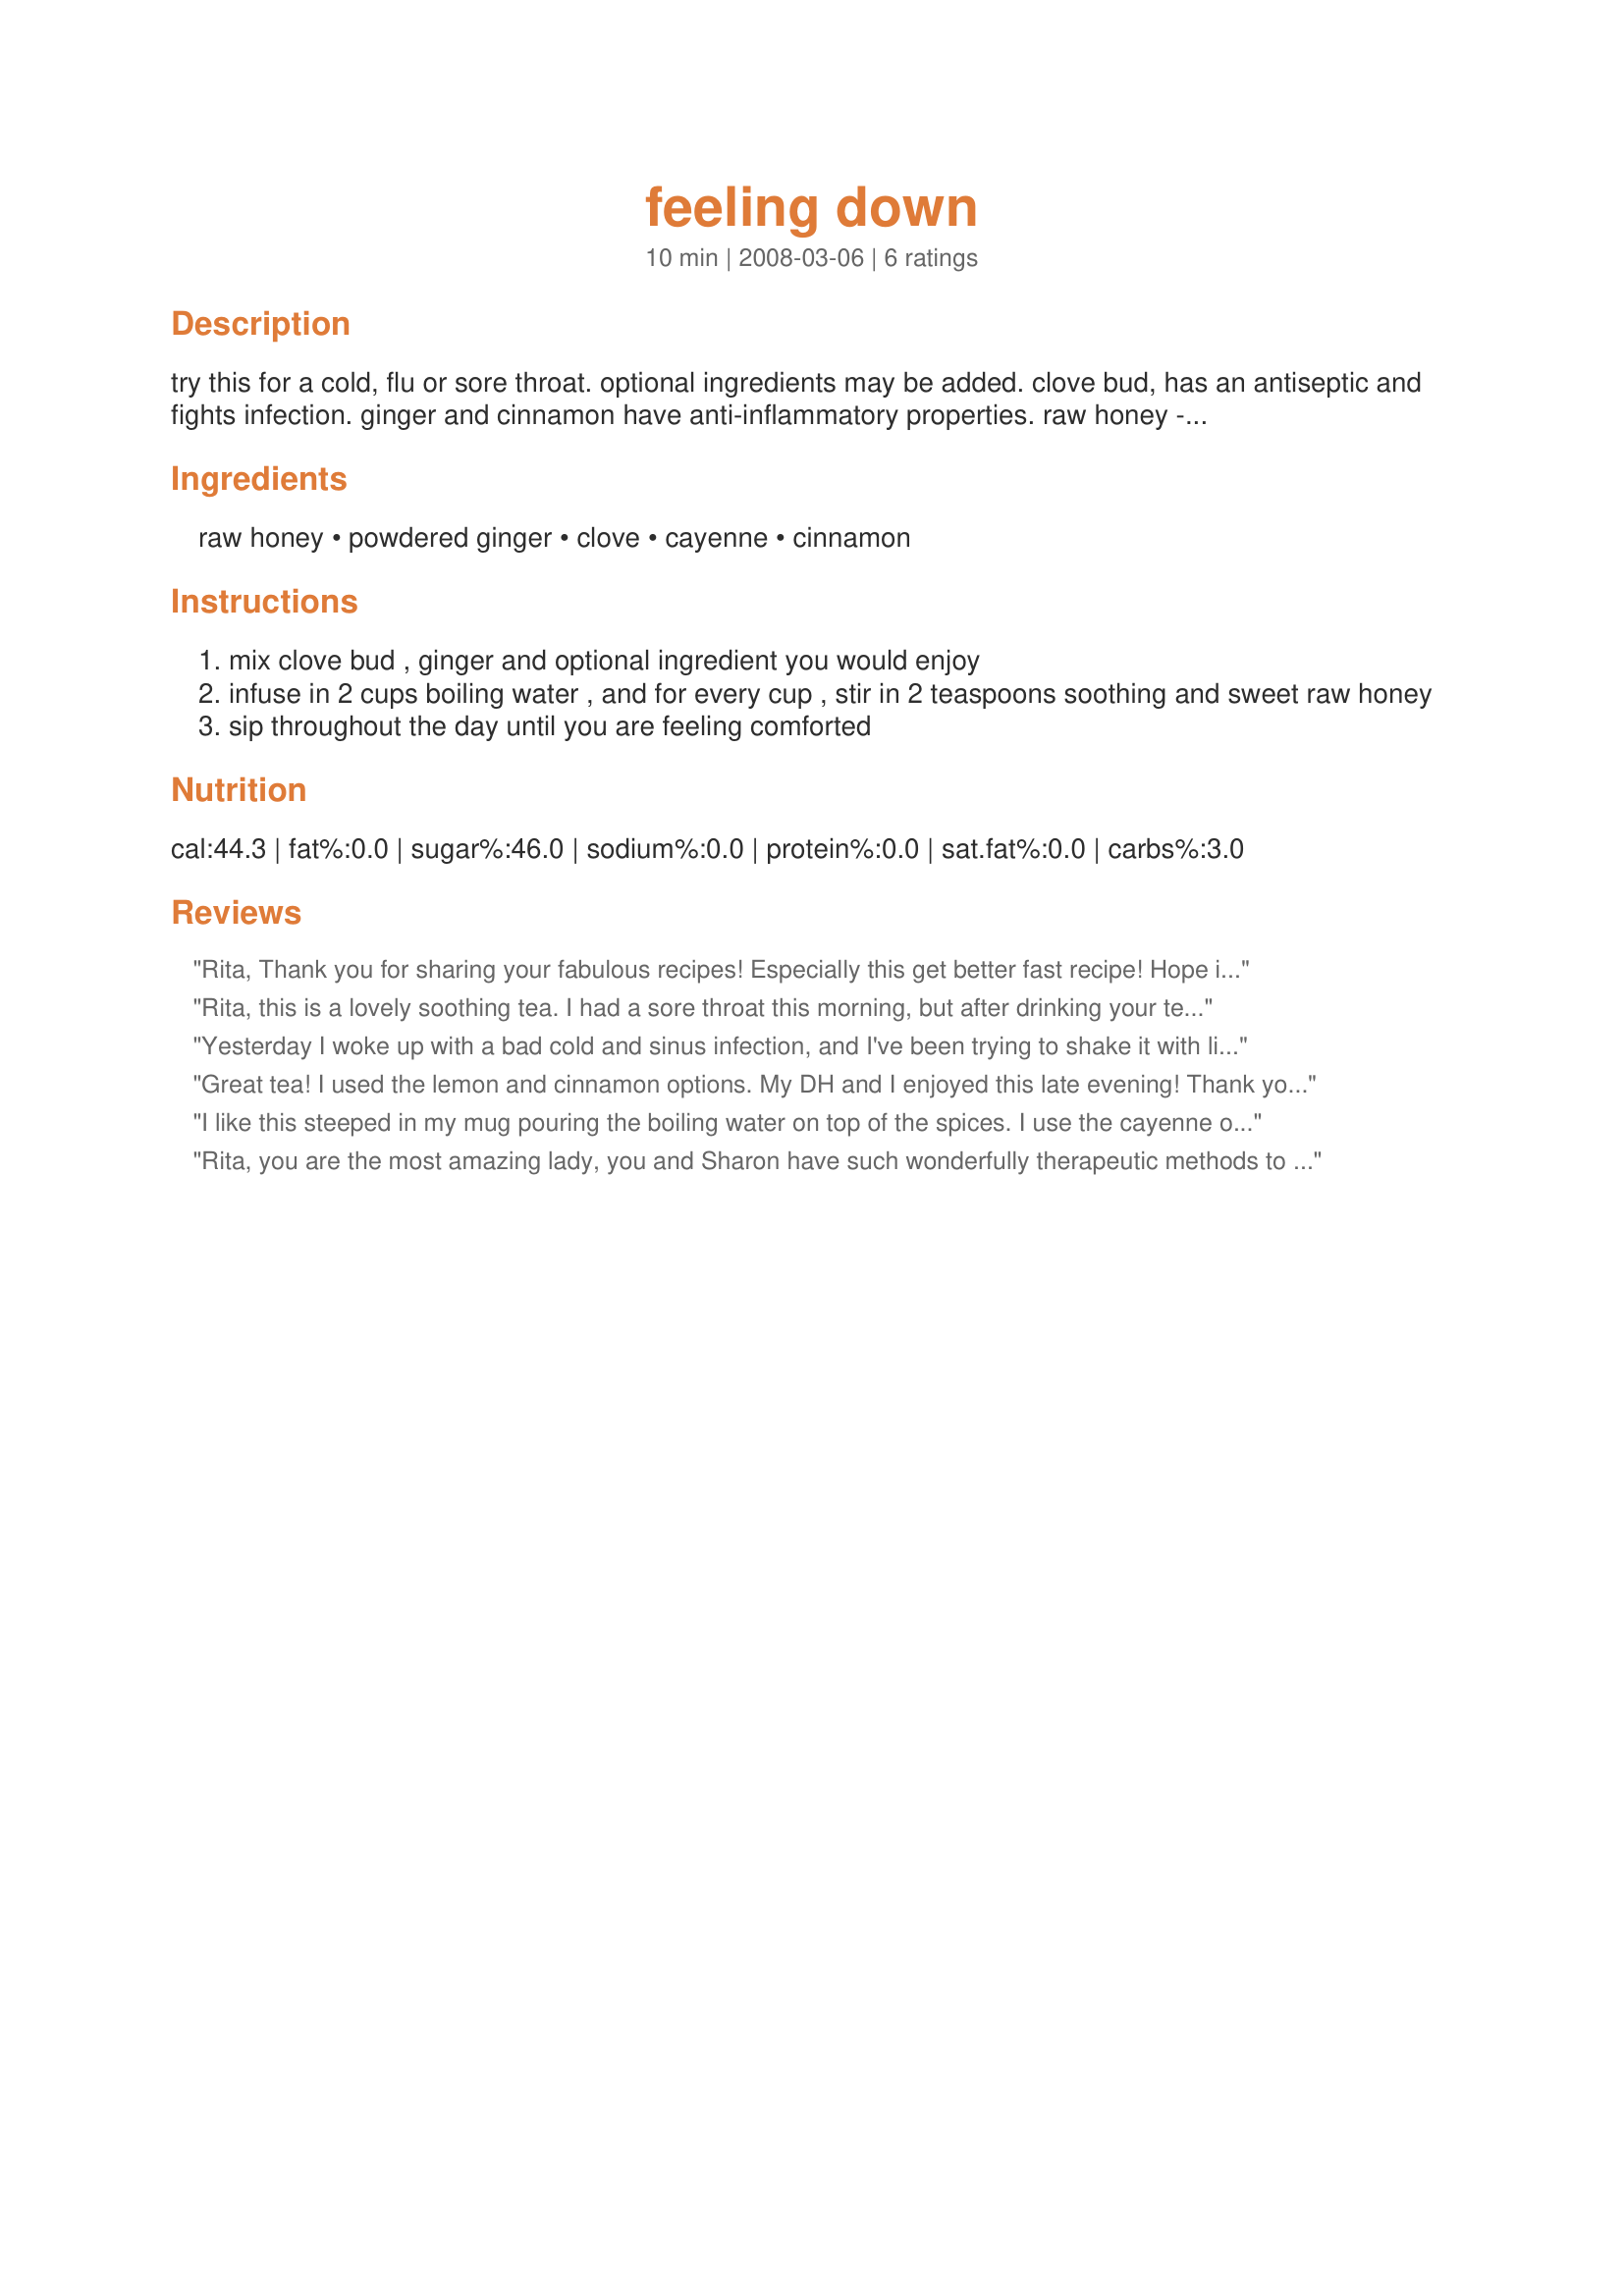
feeling down
Preparation time: 10 minutes

try this for a cold, flu or sore throat. optional ingredients may be added.
clove bud, has an antiseptic and fights infection. ginger and cinnamon have anti-inflammatory properties.
raw honey - an anti-bacterial, anti-viral, anti-fungal substance

Ingredients:
raw honey, powdered ginger, clove, cayenne, cinnamon

Steps:
mix clove bud , ginger and optional ingredient you would enjoy
infuse in 2 cups boiling water , and for every cup , stir in 2 teaspoons soothing and sweet raw honey
sip throughout the day until you are feeling comforted

Reviews:
Rita, Thank you for sharing your fabulous recipes! Especially this get better fast recipe! Hope it works as well as all your others do!
Rita, this is a lovely soothing tea. I had a sore throat this morning, but after drinking your tea, I am feeling better. Thank You for posting this recipe. I used organic honey, fresh ginger, fresh squeezed lemon juice, clove, anise, and cinnamon. A tasty and spicy combination.
Yesterday I woke up with a bad cold and sinus infection, and I've been trying to shake it with little to no success. I just made this recipe, and I already feel much better. And it tastes great, too. Thank you!
Great tea! I used the lemon and cinnamon options. My DH and I enjoyed this late evening! Thank you Rita!
I like this steeped in my mug pouring the boiling water on top of the spices. I use the cayenne option and it is wonderfully hot spicy but almost smooth because of the raw honey. I like to add a bit more per preference. It sooths my throat. Yes! for no drugs! I would make this again.
Rita, you are the most amazing lady, you and Sharon have such wonderfully therapeutic methods to always help ease your mind, your physical well-being, and comfort for your soul. This is no exception. I had this stinking little sore throat that has hung on for a week or so, and I found this to be satisfying, and it works. I used the *sore throat* option with the cayenne (since I love cayenne powder) and just enjoyed sitting down and letting this seep down my throat. The ginger and honey along with the clove also make a wonderfully layered taste just to enjoy for the heck of it. This is really great, Rita! And I thank you! Made for *November Clove Month* in Gardening & Herb forum Fall 2008.
